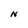
Character: N